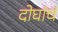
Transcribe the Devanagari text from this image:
दोघांचं